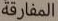
المفارقة